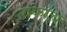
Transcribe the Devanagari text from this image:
ताकाचे